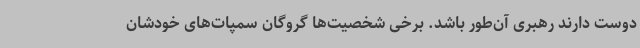
دوست دارند رهبری آن‌طور باشد. برخی شخصیت‌ها گروگان سمپات‌های خودشان